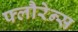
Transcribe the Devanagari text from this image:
फ्लौरेन्स